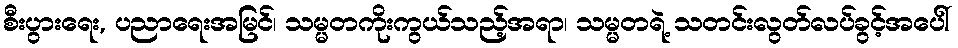
စီးပွားရေး, ပညာရေးအမြင်၊ သမ္မတကိုးကွယ်သည့်အရာ၊ သမ္မတရဲ့ သတင်းလွတ်လပ်ခွင့်အပေါ်